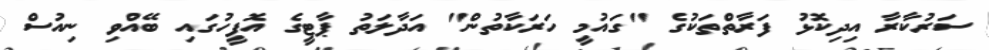
ސަރުކާރާ އިދިކޮޅު ފަރާތްތަކުގެ "ގައުމީ ހަރަކާތުން" އަދާލަތު ޕާޓީގެ އޮފީހުގައި ބޭއްވި ނިއުސް